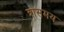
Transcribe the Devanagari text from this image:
त्रासमय